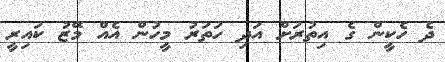
ދެ ހެކީން ގެ އިތުރަށް އަދި ހަތަރު މީހުން އެއް މޭޒު ކައިރީ